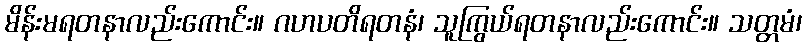
မိန်းမရတနာလည်းကောင်း။ ဂဟပတိရတနံ၊ သူကြွယ်ရတနာလည်းကောင်း။ သတ္တမံ၊